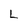
Character: L